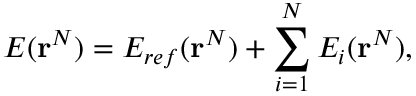
E ( { \bf r } ^ { N } ) = E _ { r e f } ( { \bf r } ^ { N } ) + \sum _ { i = 1 } ^ { N } E _ { i } ( { \bf r } ^ { N } ) ,